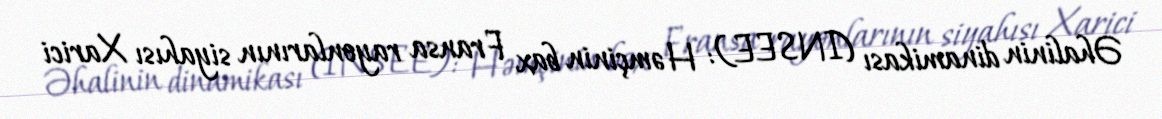
Əhalinin dinamikası (INSEE): Həmçinin bax Fransa rayonlarının siyahısı Xarici